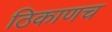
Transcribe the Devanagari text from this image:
ठिकाणच